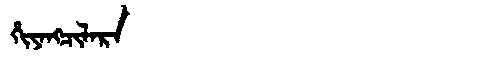
Manchu: ᡥᡳᠶᠠᠩᠴᡳᠯᠠᡵᠠ
Romanization: HIYANGCILARA